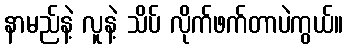
နာမည်နဲ့ လူနဲ့ သိပ် လိုက်ဖက်တာပဲကွယ်။